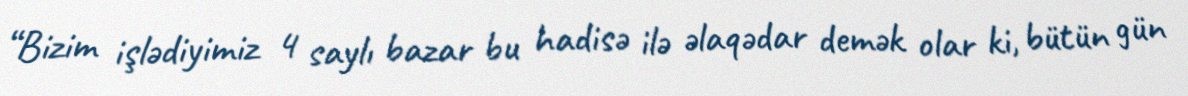
“Bizim işlədiyimiz 4 saylı bazar bu hadisə ilə əlaqədar demək olar ki, bütün gün